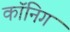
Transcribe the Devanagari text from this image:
कॉनिग